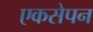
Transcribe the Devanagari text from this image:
एकसेपन